Scientific memoirs by medical officers of the Army of India - Part III,
Year: 1887
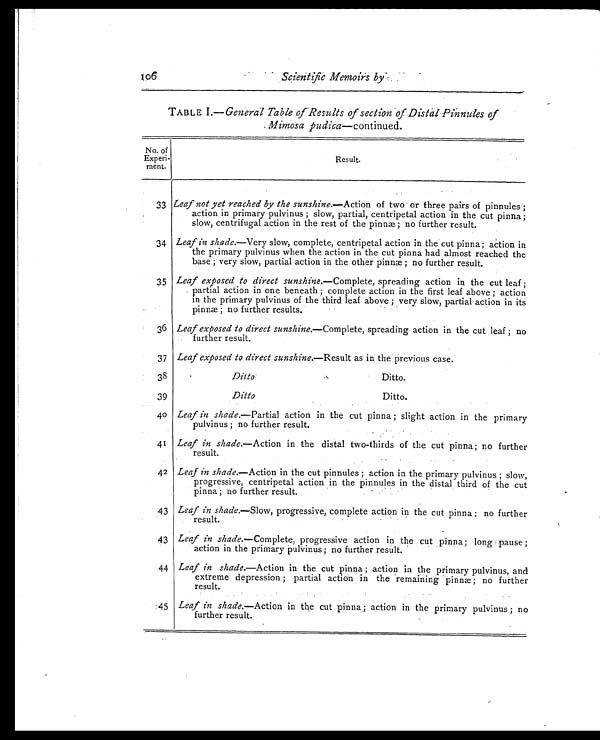
Memoirs
TABLE I.— General Table of Results of section of Distal Pinnules of
Mimosa pudica—continued.
No. of
Experi -
ment.
Resul t.
33 Leaf not yet reached by the sunshine.—Action of two or three pairs of pinnules ;
action in primary pulvinus ; slow, partial, centripetal action in the cut pinna ;
slow, centrifugal action in the rest of the pinnæ; no further result.
34 L Leaf in shade.—Very slow, complete, centripetal action in the cut pinna; action in
the primary pulvinus when the action in the cut pinna had almost reached the
base ; very slow, partial action in the other pinnæ ; no further result.
35
i
Leaf exposed to direct sunshine.—Complete, spreading action in the cut leaf ;
partial action in one beneath ; complete action in the first leaf above ; action
in the primary pulvinus of the third leaf above ; very slow, partial action in its
pinnæ; no further results.
36 Leaf exposed to direct sunshine.—Complete, spreading action in the cut leaf ; no
further result.
37 Leaf exposed to direct sunshine .—Result as in the previous case.
38
Ditto Ditto.
39
Ditto Ditto.
40 Leaf in shade.—Partial action in the cut pinna ; slight action in the primary
pulvinus ; no further result.
41 Leaf in shade.—Action in the distal two-thirds of the cut pinna ; no further
result.
42 Leaf in shade.—Action in the cut pinnules ; action in the primary pulvinus ; slow,
progressive, centripetal action in the pinnules in the distal third of the cut
pinna ; no further result.
43 Leaf in shade.—Slow, progressive, complete action in the cut pinna ; no further
result.
43 Leaf in shade.—Complete, progressive action in the cut pinna ; long pause ;
action in the primary pulvinus ; no further result.
44 Leaf in shade.—Action in the cut pinna ; action in the primary pulvinus, and
extreme depression ; partial action in the remaining pinnæ; no further
result.
45 Leaf in shade.—Action in the cut pinna ; action in the primary pulvinus ; no
further result.